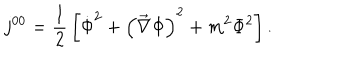
j ^ { 0 0 } = { \frac 1 2 } \left[ { \dot { \Phi } } ^ { 2 } + \left( \vec { \nabla } \Phi \right) ^ { 2 } + m ^ { 2 } \Phi ^ { 2 } \right] .